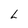
Character: L